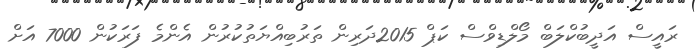
ރައީސް އަދީބުކްލަބް މޯލްޑިވްސް ކަޕް 2015ދަރިން ތަރުބިއްޔަތުކުރުން އެންމެ ފަރަކުން 7000 އަށް